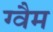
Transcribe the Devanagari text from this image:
ग्वैम